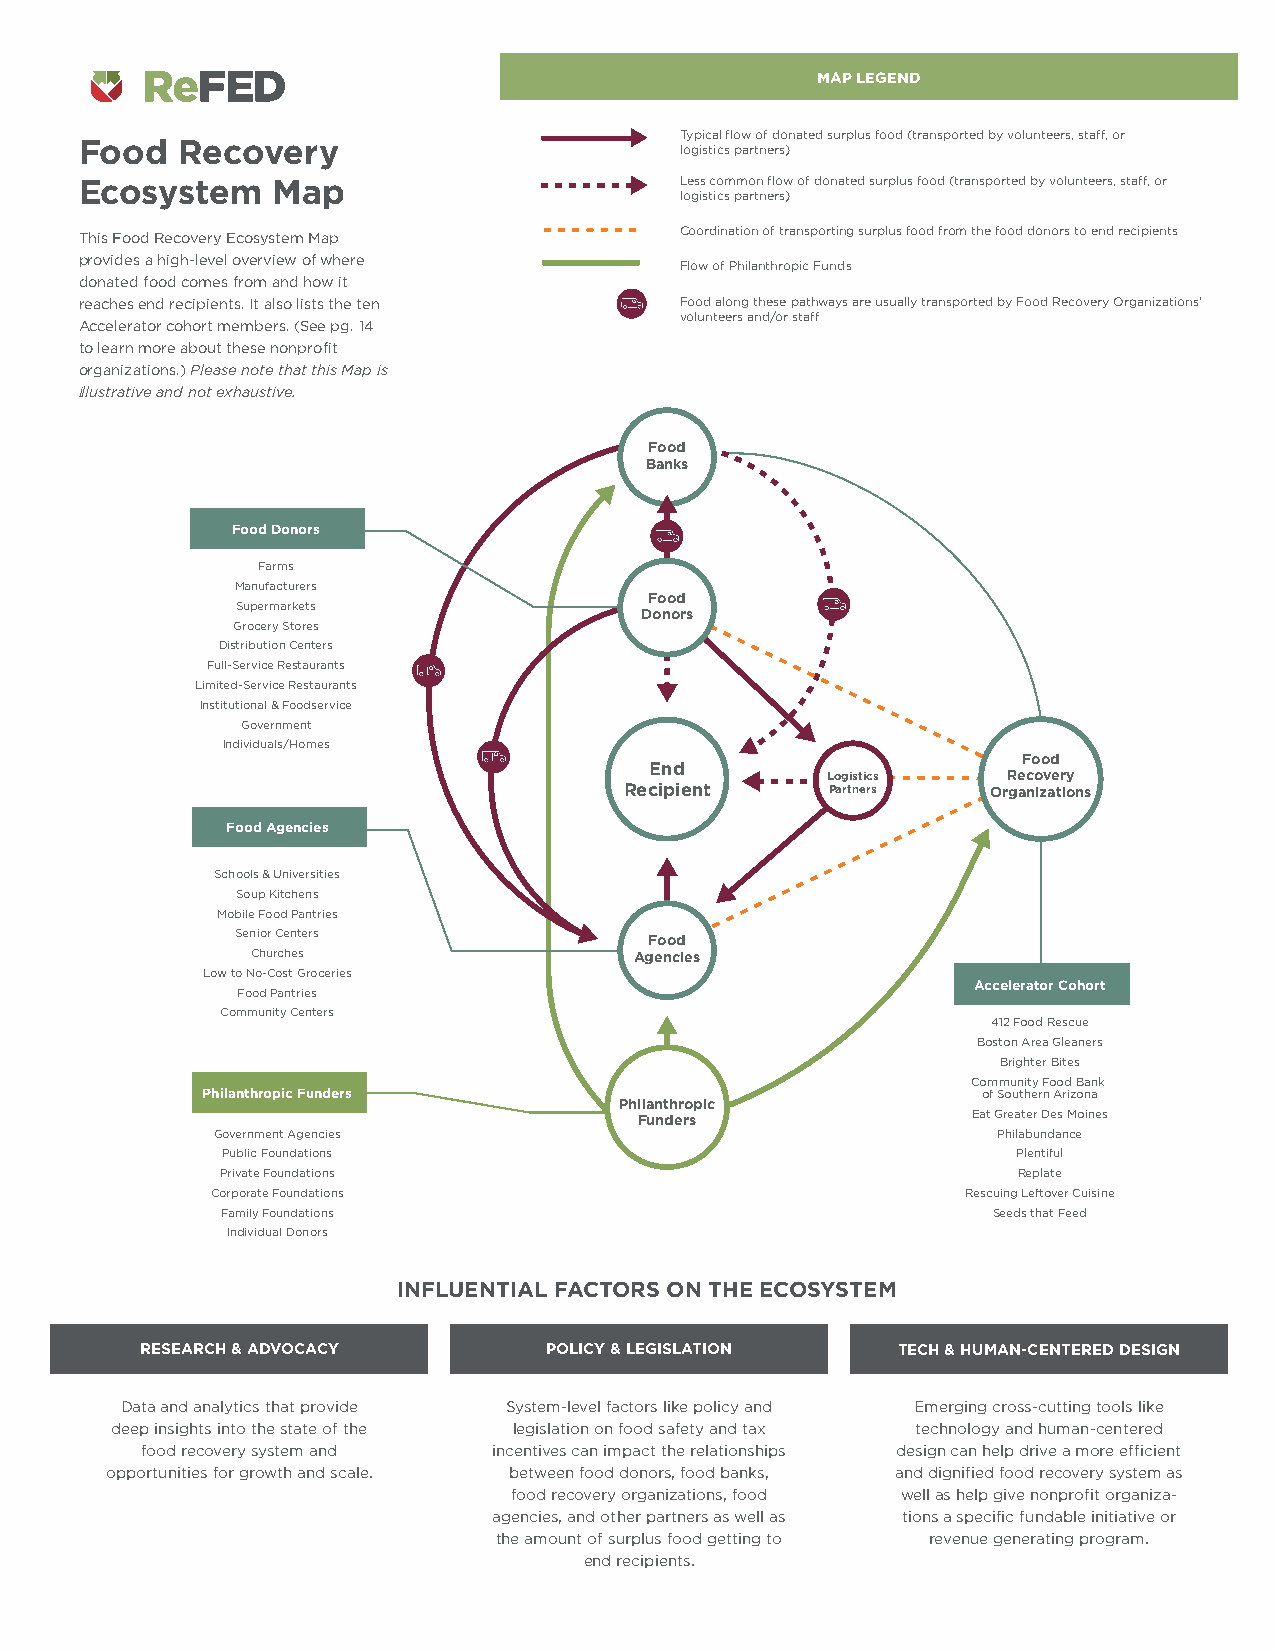
MAP LEGEND
 Typical flow of donated surplus food (transported by volunteers, staff, or
 Food   Recovery
 logistics partners)
 Ecosystem    Map                        Less common flow of donated surplus food (transported by volunteers, staff, or
 logistics partners)
 This Food Recovery Ecosystem Map        Coordination of transporting surplus food from the food donors to end recipients
 provides a high-level overview of where
 Flow of Philanthropic Funds
 donated food comes from and how it
 reaches end recipients. It also lists the ten Food along these pathways are usually transported by Food Recovery Organizations’
 volunteers and/or staff
 Accelerator cohort members. (See pg. 14
 to learn more about these nonprofit
 organizations.) Please note that this Map is
 illustrative and not exhaustive.
 Food
 Banks
 Food Donors
 Farms
 Manufacturers
 Food
 Supermarkets
 Donors
 Grocery Stores
 Distribution Centers
 Full-Service Restaurants
 Limited-Service Restaurants
 Institutional & Foodservice
 Government
 Individuals/Homes
 Food
 End
 Logistics   Recovery
 Recipient     Partners   Organizations
 Food Agencies
 Schools & Universities
 Soup Kitchens
 Mobile Food Pantries
 Senior Centers             Food
 Churches                 Agencies
 Low to No-Cost Groceries
 Accelerator Cohort
 Food Pantries
 Community Centers
 412 Food Rescue
 Boston Area Gleaners
 Brighter Bites
 Community Food Bank
 Philanthropic Funders                               of Southern Arizona
 Philanthropic
 Funders               Eat Greater Des Moines
 Government Agencies                                 Philabundance
 Public Foundations                                  Plentiful
 Private Foundations                                 Replate
 Corporate Foundations                             Rescuing Leftover Cuisine
 Family Foundations                                 Seeds that Feed
 Individual Donors
 INFLUENTIAL FACTORS ON THE ECOSYSTEM
 RESEARCH & ADVOCACY        POLICY & LEGISLATION   TECH & HUMAN-CENTERED DESIGN
 Data and analytics that provide System-level factors like policy and Emerging cross-cutting tools like
 deep insights into the state of the legislation on food safety and tax technology and human-centered
 food recovery system and incentives can impact the relationships design can help drive a more efficient
 opportunities for growth and scale. between food donors, food banks, and dignified food recovery system as
 food recovery organizations, food well as help give nonprofit organiza-
 agencies, and other partners as well as tions a specific fundable initiative or
 the amount of surplus food getting to revenue generating program.
 end recipients.
 9